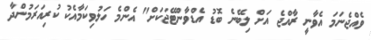
ވެއްޖެނަމަ އެވާނީ ރާއްޖެ އަށް ލިބޭނެ ބޮޑު އެޑްވާންޓޭޖަކަށް" އެންމެ ހަލުވިކަމާއެކު ކުރިއަރަމުންދާ